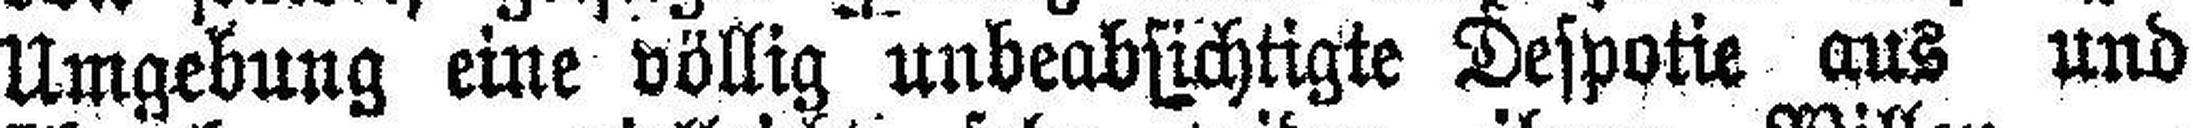
Umgebung eine völlig unbeabsichtigte Despotie aus und